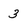
Character: 3